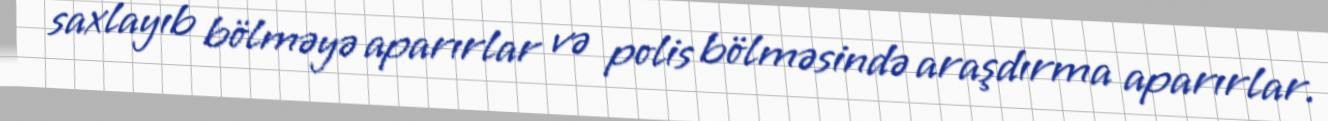
saxlayıb bölməyə aparırlar və polis bölməsində araşdırma aparırlar.